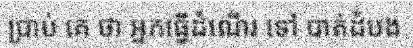
ប្រាប់ គេ ថា អ្នកធ្វើដំណើរ ទៅ បាត់ដំបង